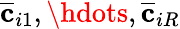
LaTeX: \overline{{\mathbf{c}}}_{i1},\hdots,\overline{{\mathbf{c}}}_{iR}